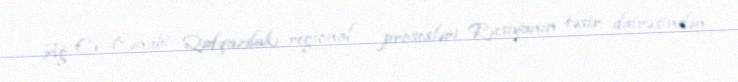
Ağ Ev Cənubi Qafqazdakı regional prosesləri Rusiyanın təsir dairəsindən